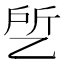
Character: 乺